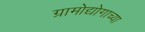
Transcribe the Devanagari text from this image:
ग्रामोद्योगाच्या